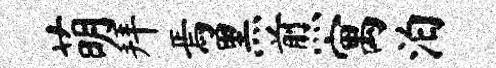
萌拜焉黑煎寓泊